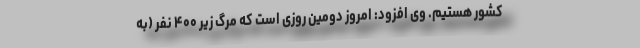
کشور هستیم. وی افزود: امروز دومین روزی است که مرگ زیر ۴۰۰ نفر (به